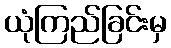
ယုံကြည်ခြင်းမှ